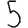
Digit: 5